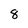
Character: 8